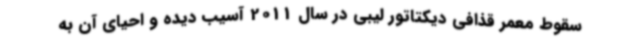
سقوط معمر قذافی دیکتاتور لیبی در سال 2011 آسیب دیده و احیای آن به